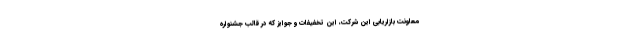
معاونت بازاریابی این شرکت، این تخفیفات و جوایز که در قالب جشنواره